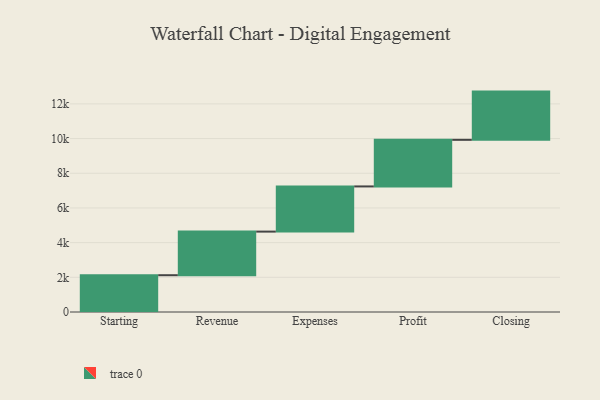
{"axis": {"x": "Step", "y": "Value"}, "legend": [""], "data": [{"x": "Starting", "y": 2121.0, "type": ""}, {"x": "Revenue", "y": 2515.0, "type": ""}, {"x": "Expenses", "y": 2604.0, "type": ""}, {"x": "Profit", "y": 2687.0, "type": ""}, {"x": "Closing", "y": 2781.0, "type": ""}]}